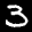
Label: 3